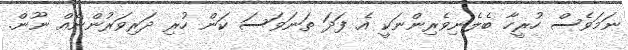
ނަމަވެސް ހުރީހާ ބެލެނިވެރިންނަކީ އެ ފަދަ ތަނަވަސަ ކަން ހުރި ދަރިވަރުންނެއް ނޫން.